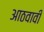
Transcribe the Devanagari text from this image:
आठवावी